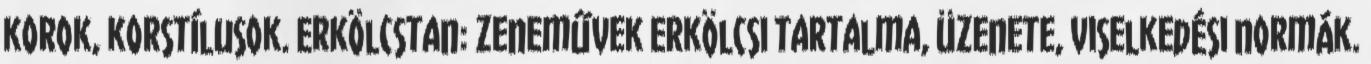
korok, korstílusok. Erkölcstan: zeneművek erkölcsi tartalma, üzenete, viselkedési normák.